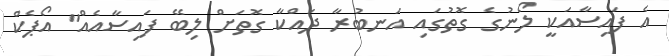
އެ ފައިސާއަކީ ލޯނުގެ ގޮތުގައި އަނބުރާ ދައްކާ ގޮތަށް ލިބޭ ފައިސާއެއް" އޯޕެކް